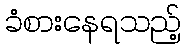
ခံစားနေရသည့်